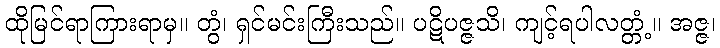
ထိုမြင်ရာကြားရာမှ။ တွံ၊ ရှင်မင်းကြီးသည်။ ပဋိပဇ္ဇသိ၊ ကျင့်ရပါလတ္တံ့။ အဇ္ဇ၊